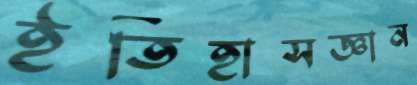
ইতিহাসজ্ঞান